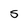
Character: S